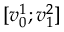
[ v _ { 0 } ^ { 1 } ; v _ { 1 } ^ { 2 } ]